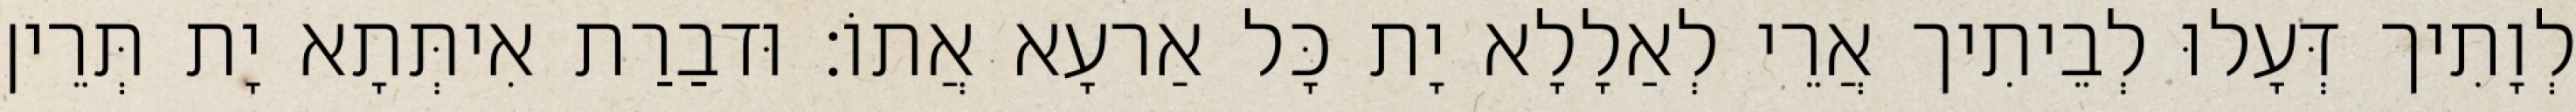
לְוָתִיך דְּעָלוּ לְבֵיתִיך אֲרֵי לְאַלָלָא יָת כָּל אַרעָא אֲתוֹ׃ וּדבַרַת אִיתְּתָא יָת תְּרֵין